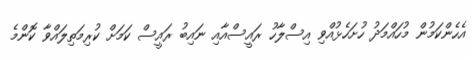
އެހެންކަމުން މުހައްމަދު ހުށަހެޅުއްވި އިސްލާހު ރައީސްއާއި ނައިބު ރައީސް ކަމަށް ކުރިމަތިލައްވާ ކޮންމެ